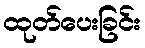
ထုတ်ပေးခြင်း